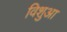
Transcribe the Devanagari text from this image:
विशुआ